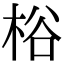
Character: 㭲